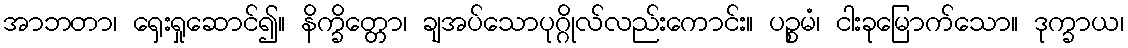
အာဘတာ၊ ရှေးရှုဆောင်၍။ နိက္ခိတ္တော၊ ချအပ်သောပုဂ္ဂိုလ်လည်းကောင်း။ ပဉ္စမံ၊ ငါးခုမြောက်သော။ ဒုက္ခာယ၊